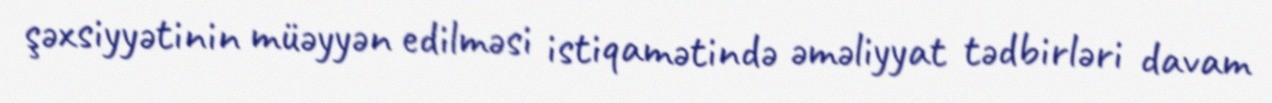
şəxsiyyətinin müəyyən edilməsi istiqamətində əməliyyat tədbirləri davam